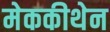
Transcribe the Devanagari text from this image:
मेककीथेन